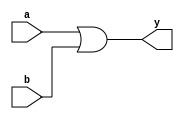
module or_gate(
    //Input and Output Parameters
    input wire a,
    input wire b,
    output wire y
);
//or gate function
assign y = a | b;

endmodule